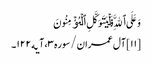
وَعَلَی ٱللَّهِ فَلۡیَتَوَکَّلِ ٱلۡمُؤۡمِنُونَ
[۱۱] آل عمران/سوره۳، آیه۱۲۲۔